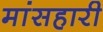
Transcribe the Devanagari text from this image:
मांसहारी